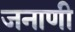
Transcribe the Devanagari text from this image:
जनाणी